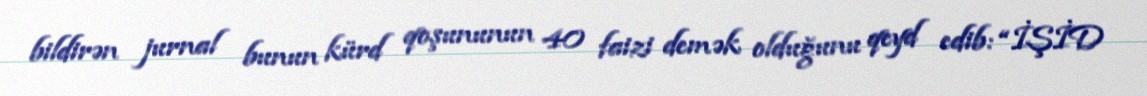
bildirən jurnal bunun kürd qoşununun 40 faizi demək olduğunu qeyd edib: “İŞİD